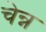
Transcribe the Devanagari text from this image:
चेन्न